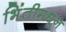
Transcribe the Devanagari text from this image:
भिंतीमधून